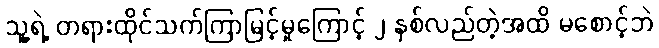
သူ့ရဲ့ တရားထိုင်သက်ကြာမြင့်မှုကြောင့် ၂ နှစ်လည်တဲ့အထိ မစောင့်ဘဲ